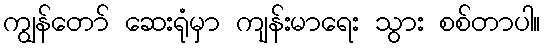
ကျွန်တော် ဆေးရုံမှာ ကျန်းမာရေး သွား စစ်တာပါ။